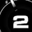
Digit: 2